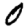
Digit: 0